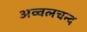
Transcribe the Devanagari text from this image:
अव्वलचन्द